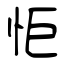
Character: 怇